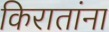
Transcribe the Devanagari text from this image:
किरातांना